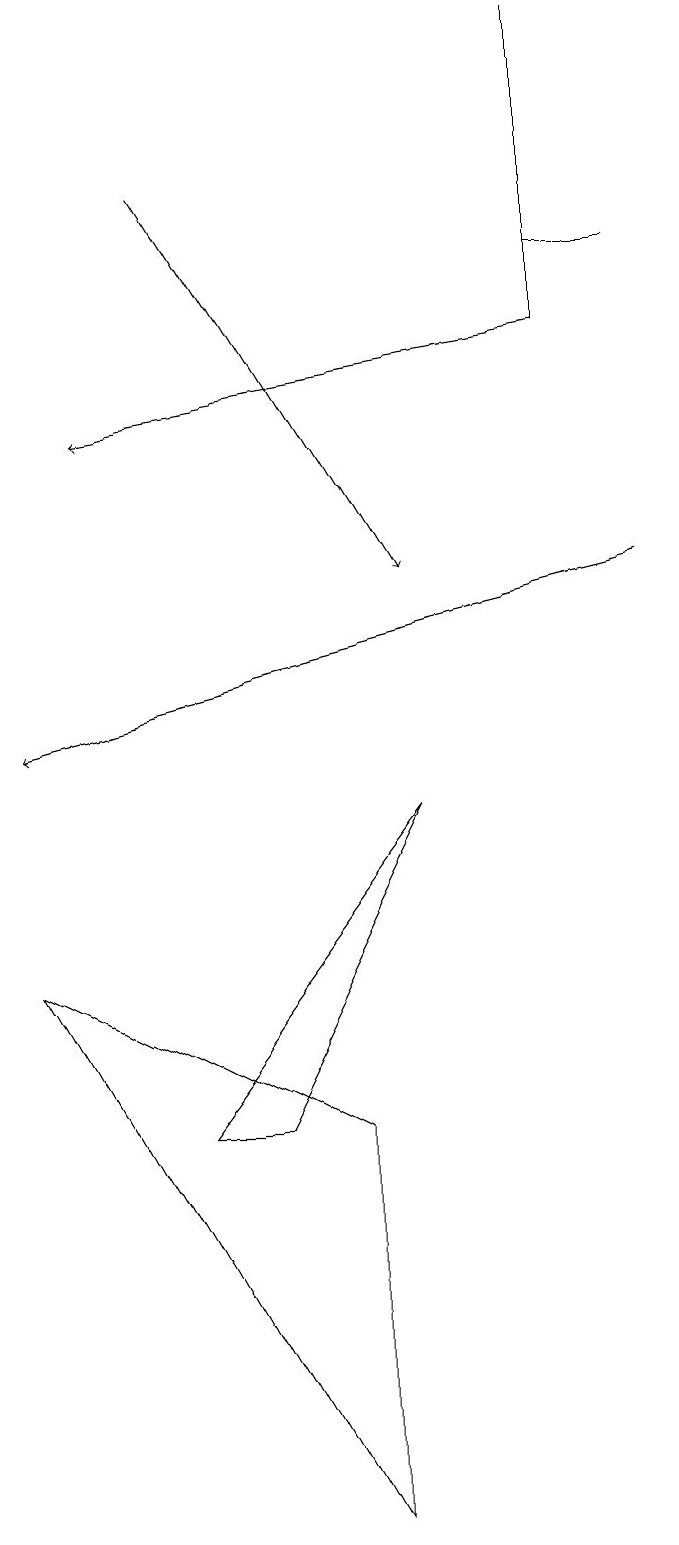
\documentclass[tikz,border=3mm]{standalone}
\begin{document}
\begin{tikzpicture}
\draw (1,7) -- (5,0) -- (5,5) -- cycle;
\draw (6,9) -- (3,5) -- (4,5) -- cycle;
\draw (9,16) rectangle (8,16);
\draw (8,19) rectangle (8,15);
\draw[->] (3,17) -- (6,12);
\draw[->] (8,15) -- (2,14);
\draw[->] (9,12) -- (1,10);
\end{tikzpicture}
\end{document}